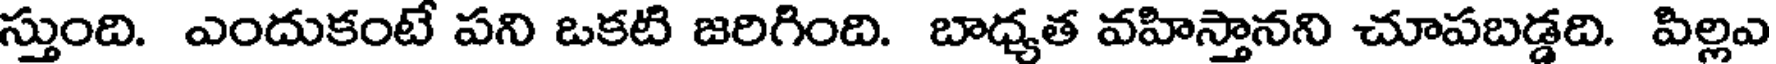
స్తుంది. ఎందుకంటే పని ఒకటి జరిగింది. బాధ్యత వహిస్తానని చూపబడ్డది. పిల్లఎ